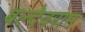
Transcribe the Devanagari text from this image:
बल्देवराम